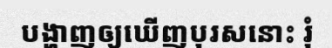
បង្ហាញឲ្យឃើញបុរសនោះ រុំ